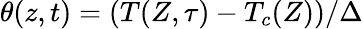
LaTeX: \theta(z,t)=(T(Z,\tau)-T_{c}(Z))/\Delta